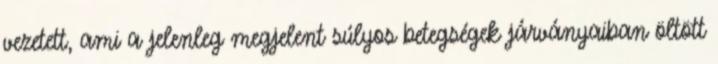
vezetett, ami a jelenleg megjelent súlyos betegségek járványaiban öltött